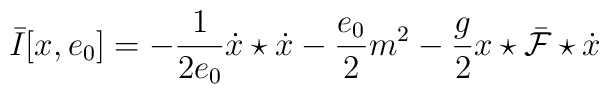
\bar{I}[x,e_{0}]=-\frac{1}{2e_{0}}\dot{x}\star\dot{x}-\frac{e_{0}}{2}m^{2}-\frac{g}{2}x\star\bar{\cal F}\star\dot{x}